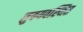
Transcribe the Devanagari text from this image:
सुवयवस्थित